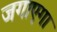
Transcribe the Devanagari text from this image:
जगाएगा